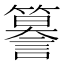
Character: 𮆣